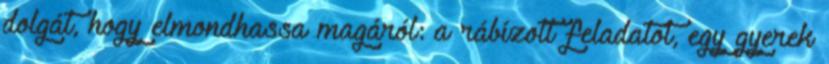
dolgát, hogy elmondhassa magáról: a rábízott feladatot, egy gyerek